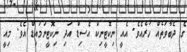
ގެ ދެބާވަތެއް ހުރެއެވެ. އެއީ ނިކޮޓީނިކް އެސިޑް އަދި ނިކޮޓީނަމައިޑް އެވެ. މިއީ